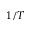
1 / T